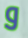
و